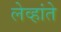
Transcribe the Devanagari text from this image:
लेव्हांते